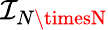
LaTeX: \mathcal{I}_{N\timesN}